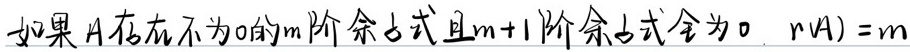
如果\(A\)存在不为\(0\)的\(m\)阶余子式且\(m + 1\)阶余子式全为\(0\)，\(r(A)=m\)